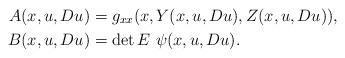
LaTeX: \begin{align*} A(x,u,Du) &= g_{xx}(x,Y(x,u,Du),Z(x,u,Du)),\\ B(x,u,Du) &= \det E \ \psi(x,u,Du).\end{align*}